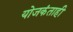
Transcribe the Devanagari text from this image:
योजकंताही